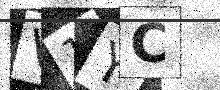
Text: V1YC